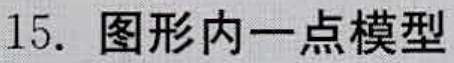
15. 图形内一点模型